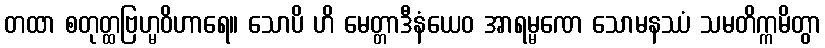
တထာ စတုတ္ထဗြဟ္မဝိဟာရေ။ သောပိ ဟိ မေတ္တာဒီနံယေဝ အာရမ္မဏေ သောမနဿံ သမတိက္ကမိတွာ